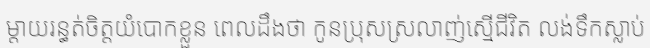
ម្តាយរន្ធត់ចិត្តយំបោកខ្លួន ពេលដឹងថា កូនប្រុសស្រលាញ់ស្មើជីវិត លង់ទឹកស្លាប់